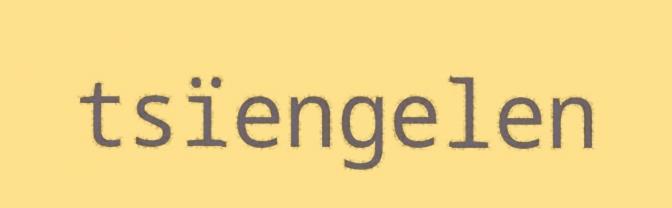
tsïengelen